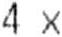
4 X